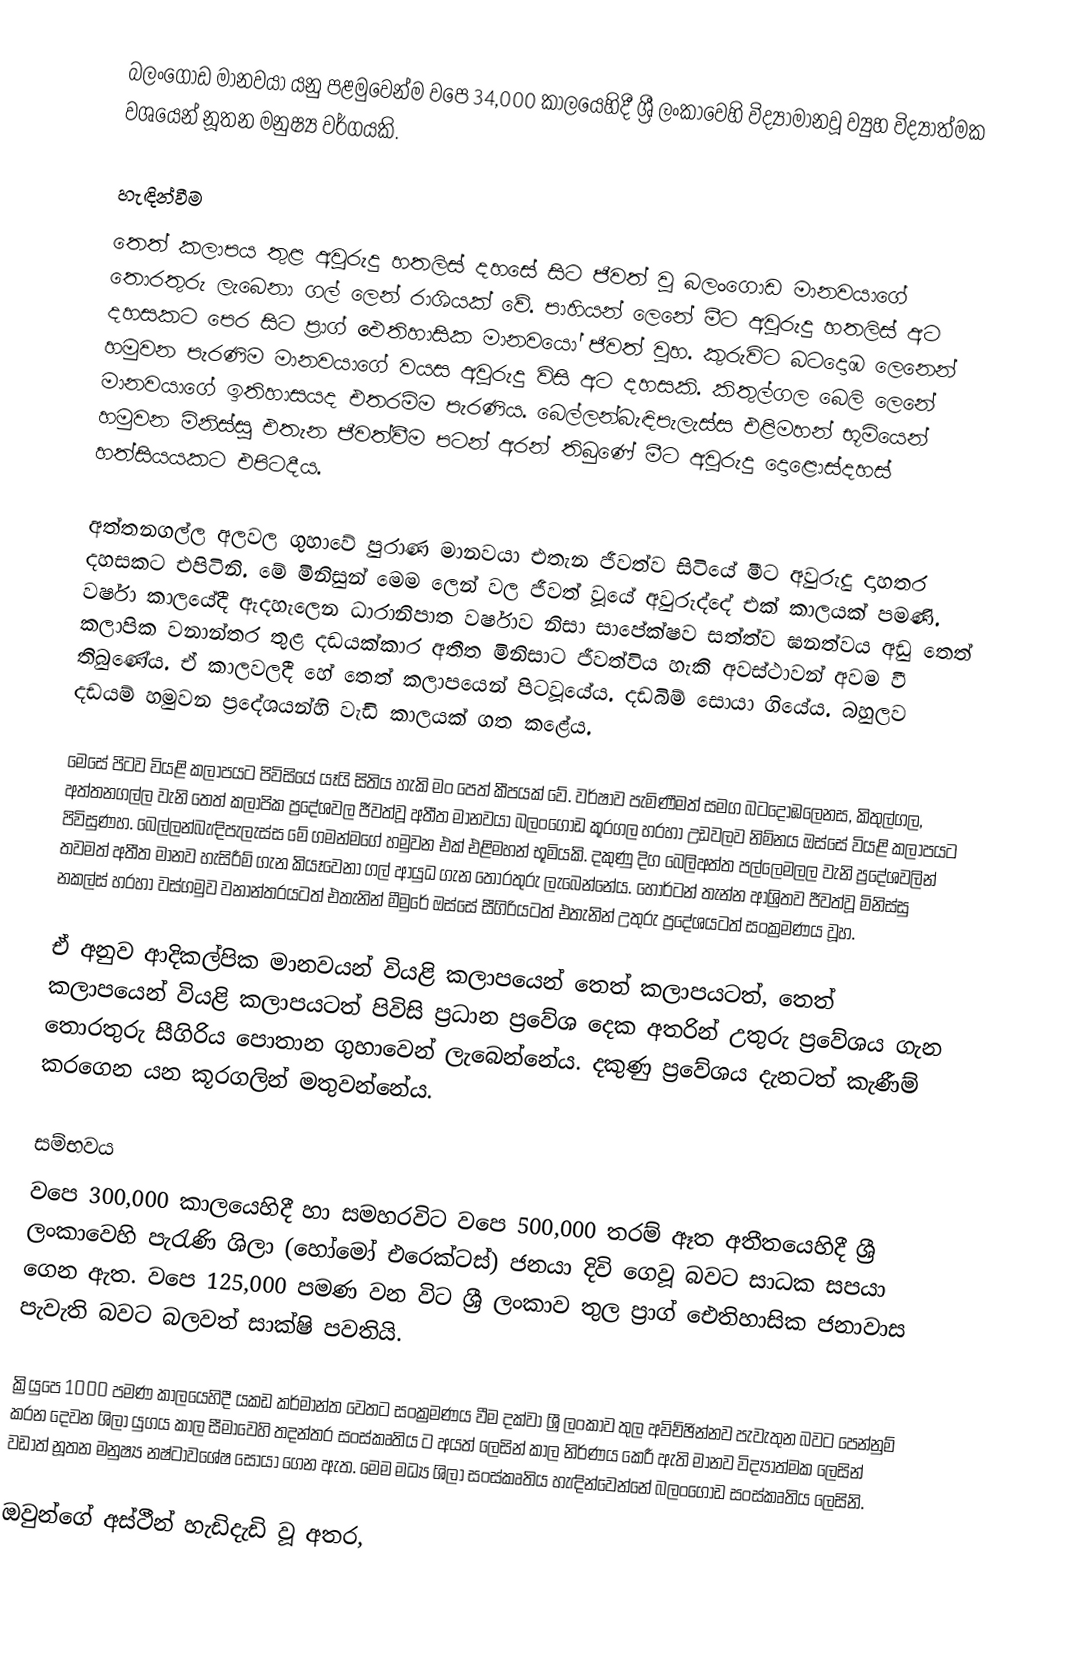
බලංගොඩ මානවයා යනු පළමුවෙන්ම  වපෙ 34,000 කාලයෙහිදී ශ්‍රී ලංකාවෙහි විද්‍යාමානවූ ව්‍යුහ විද්‍යාත්මක වශයෙන් නූතන මනුෂ්‍ය වර්ගයකි.

හැඳින්වීම
තෙත් කලාපය තුළ අවුරුදු හතලිස්‌ දහසේ සිට ජීවත් වූ බලංගොඩ මානවයාගේ තොරතුරු ලැබෙනා ගල් ලෙන් රාශියක්‌ වේ. පාහියන් ලෙනේ මීට අවුරුදු හතලිස්‌ අට දහසකට පෙර සිට ප්‍රාග් ඓතිහාසික මානවයෝ ජීවත් වූහ. කුරුවිට බටදොඹ ලෙනෙන් හමුවන පැරණිම මානවයාගේ වයස අවුරුදු විසි අට දහසකි. කිතුල්ගල බෙලි ලෙනේ මානවයාගේ ඉතිහාසයද එතරම්ම පැරණිය. බෙල්ලන්බැඳිපැලැස්‌ස එළිමහන් භූමියෙන් හමුවන මිනිස්‌සු එතැන ජීවත්වීම පටන් අරන් තිබුණේ මීට අවුරුදු දොළොස්‌දහස්‌ හත්සියයකට එපිටදීය.

අත්තනගල්ල අලවල ගුහාවේ පුරාණ මානවයා එතැන ජීවත්ව සිටියේ මීට අවුරුදු දාහතර දහසකට එපිටිනි. මේ මිනිසුන් මෙම ලෙන් වල ජීවත් වූයේ අවුරුද්දේ එක්‌ කාලයක්‌ පමණි. වර්ෂා කාලයේදී ඇදහැලෙන ධාරානිපාත වර්ෂාව නිසා සාපේක්‌ෂව සත්ත්ව ඝනත්වය අඩු තෙත් කලාපික වනාන්තර තුළ දඩයක්‌කාර අතීත මිනිසාට ජීවත්විය හැකි අවස්‌ථාවන් අවම වී තිබුණේය. ඒ කාලවලදී හේ තෙත් කලාපයෙන් පිටවූයේය. දඩබිම් සොයා ගියේය. බහුලව දඩයම් හමුවන ප්‍රදේශයන්හි වැඩි කාලයක්‌ ගත කළේය.

මෙසේ පිටව වියළි කලාපයට පිවිසියේ යෑයි සිතිය හැකි මං පෙත් කීපයක්‌ වේ. වර්ෂාව පැමිණීමත් සමග බටදොඹලෙනස, කිතුල්ගල, අත්තනගල්ල වැනි තෙත් කලාපික ප්‍රදේශවල ජීවත්වූ අතීත මානවයා බලංගොඩ කූරගල හරහා උඩවලව නිම්නය ඔස්‌සේ වියළි කලාපයට පිවිසුණහ. බෙල්ලන්බැඳිපැලැස්‌ස මේ ගමන්මගේ හමුවන එක්‌ එළිමහන් භූමියකි. දකුණු දිග බෙලිඅත්ත පල්ලෙමලල වැනි ප්‍රදේශවලින් තවමත් අතීත මානව හැසිරීම් ගැන කියෑවෙනා ගල් ආයුධ ගැන තොරතුරු ලැබෙන්නේය. හෝර්ටන් තැන්න ආශ්‍රිතව ජීවත්වූ මිනිස්‌සු නකල්ස්‌ හරහා වස්‌ගමුව වනාන්තරයටත් එතැනින් මීමුරේ ඔස්‌සේ සීගිරියටත් එතැනින් උතුරු ප්‍රදේශයටත් සංක්‍රමණය වූහ.

ඒ අනුව ආදිකල්පික මානවයන් වියළි කලාපයෙන් තෙත් කලාපයටත්, තෙත් කලාපයෙන් වියළි කලාපයටත් පිවිසි ප්‍රධාන ප්‍රවේශ දෙක අතරින් උතුරු ප්‍රවේශය ගැන තොරතුරු සීගිරිය පොතාන ගුහාවෙන් ලැබෙන්නේය. දකුණු ප්‍රවේශය දැනටත් කැණීම් කරගෙන යන කූරගලින් මතුවන්නේය.

සම්භවය
වපෙ 300,000 කාලයෙහිදී හා සමහරවිට වපෙ 500,000 තරම් ඈත අතීතයෙහිදී ශ්‍රී ලංකාවෙහි පැරැණි ශිලා (හෝමෝ එරෙක්ටස්) ජනයා දිවි ගෙවූ බවට සාධක සපයා ගෙන ඇත. වපෙ 125,000 පමණ වන විට ශ්‍රී ලංකාව තුල ප්‍රාග් ඓතිහාසික ජනාවාස පැවැති බවට බලවත් සාක්ෂි පවතියි.

ක්‍රියුපෙ 1000 පමණ කාලයෙහිදී යකඩ කර්මාන්ත වෙතට සංක්‍රමණය වීම දක්වා ශ්‍රී ලංකාව තුල අවිච්ඡින්නව පැවැතුන බවට පෙන්නුම් කරන දෙවන ශිලා යුගය කාල සීමාවෙහි තදන්තර සංස්කෘතිය ට අයත් ලෙසින් කාල නිර්ණය කෙරී ඇති මානව විද්‍යාත්මක ලෙසින් වඩාත් නූතන මනුෂ්‍ය නෂ්ටාවශේෂ සොයා ගෙන ඇත. මෙම මධ්‍ය ශිලා සංස්කෘතිය හැඳින්වෙන්නේ  බලංගොඩ සංස්කෘතිය ලෙසිනි.

ඔවුන්ගේ අස්ථීන් හැඩිදැඩි වූ අතර,